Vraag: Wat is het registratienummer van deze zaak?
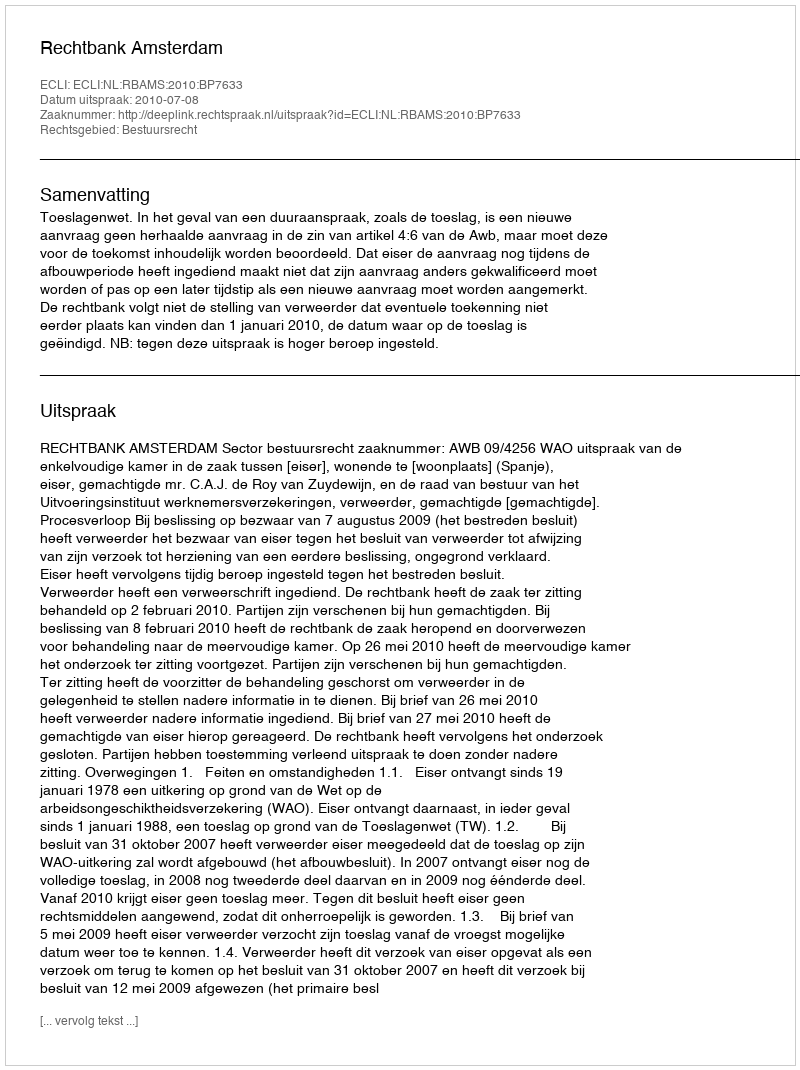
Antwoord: http://deeplink.rechtspraak.nl/uitspraak?id=ECLI:NL:RBAMS:2010:BP7633